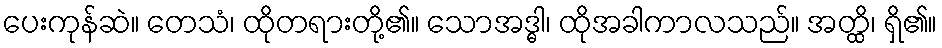
ပေးကုန်ဆဲ။ တေသံ၊ ထိုတရားတို့၏။ သောအဒ္ဓါ၊ ထိုအခါကာလသည်။ အတ္ထိ၊ ရှိ၏။